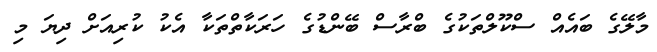
މާލޭގެ ބައެއް ސްކޫލްތަކުގެ ބްރާސް ބޭންޑުގެ ހަރަކާތްތަކާ އެކު ކުރިއަށް ދިޔަ މި